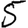
Digit: 5